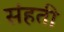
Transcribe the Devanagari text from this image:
संहती